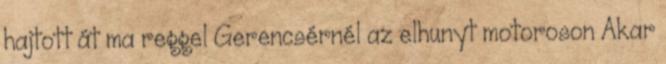
hajtott át ma reggel Gerencsérnél az elhunyt motoroson Akar